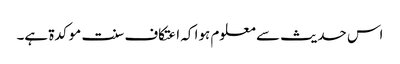
اس حدیث سے معلوم ہوا کہ اعتکاف سنت موکدۃ ہے۔